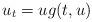
LaTeX: \begin{align*}u_t=ug(t,u)\end{align*}